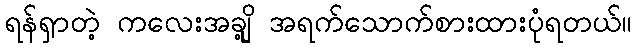
ရန်ရှာတဲ့ ကလေးအချို့ အရက်သောက်စားထားပုံရတယ်။